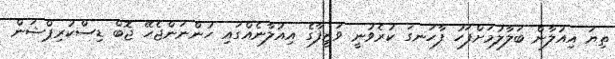
ތިޔަ އިއުލާން ބަލާލުމަށްފަހު ފާހަނގަ ކުރެވުނީ ވަޒީފާގެ އިއުލާނެއްގައި ހުންނަންޖެހޭ ޖޮބް ޑިސްކުރިޕްޝަން